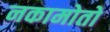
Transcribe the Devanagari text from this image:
नकामोतो